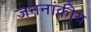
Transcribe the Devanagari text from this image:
जननांकीय